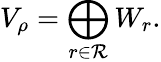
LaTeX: V_{\rho}=\bigoplus_{r\in\mathcal{R}}W_{r}.